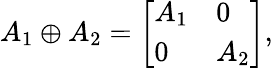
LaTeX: A_{1}\oplus A_{2}={\left[\begin{array}{ll}{A_{1}}&{0}\\ {0}&{A_{2}}\end{array}\right]},